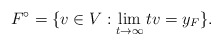
\begin{align*}F^\circ = \{v \in V : \lim_{t \to \infty}tv = y_F\}.\end{align*}